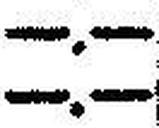
—.—